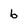
Character: b